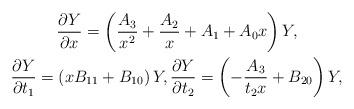
LaTeX: \begin{gather*}\frac{\partial Y}{\partial x}=\left(\frac{A_3}{x^2}+\frac{A_2}{x}+A_1+A_0 x \right)Y ,\\\frac{\partial Y}{\partial t_1}=\left( x B_{11}+B_{10}\right)Y ,\frac{\partial Y}{\partial t_2}=\left( -\frac{A_3}{t_2x}+B_{20}\right)Y ,\end{gather*}